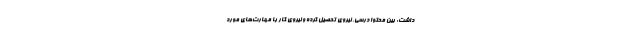
داشت: بین محتوا درسی، نیروی تحصیل کرده و نیروی کار با مهارت‌های مورد